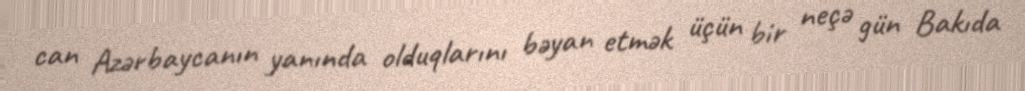
can Azərbaycanın yanında olduqlarını bəyan etmək üçün bir neçə gün Bakıda